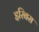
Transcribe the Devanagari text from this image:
इरिबस